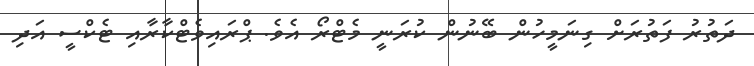
ދަތުރު ފަތުރަށް ގިނަމީހުން ބޭނުން ކުރަނީ މެޓްރޯ އެވެ. ޕްރައިވެޓްކާރާއި ޓެކްސީ އަދި